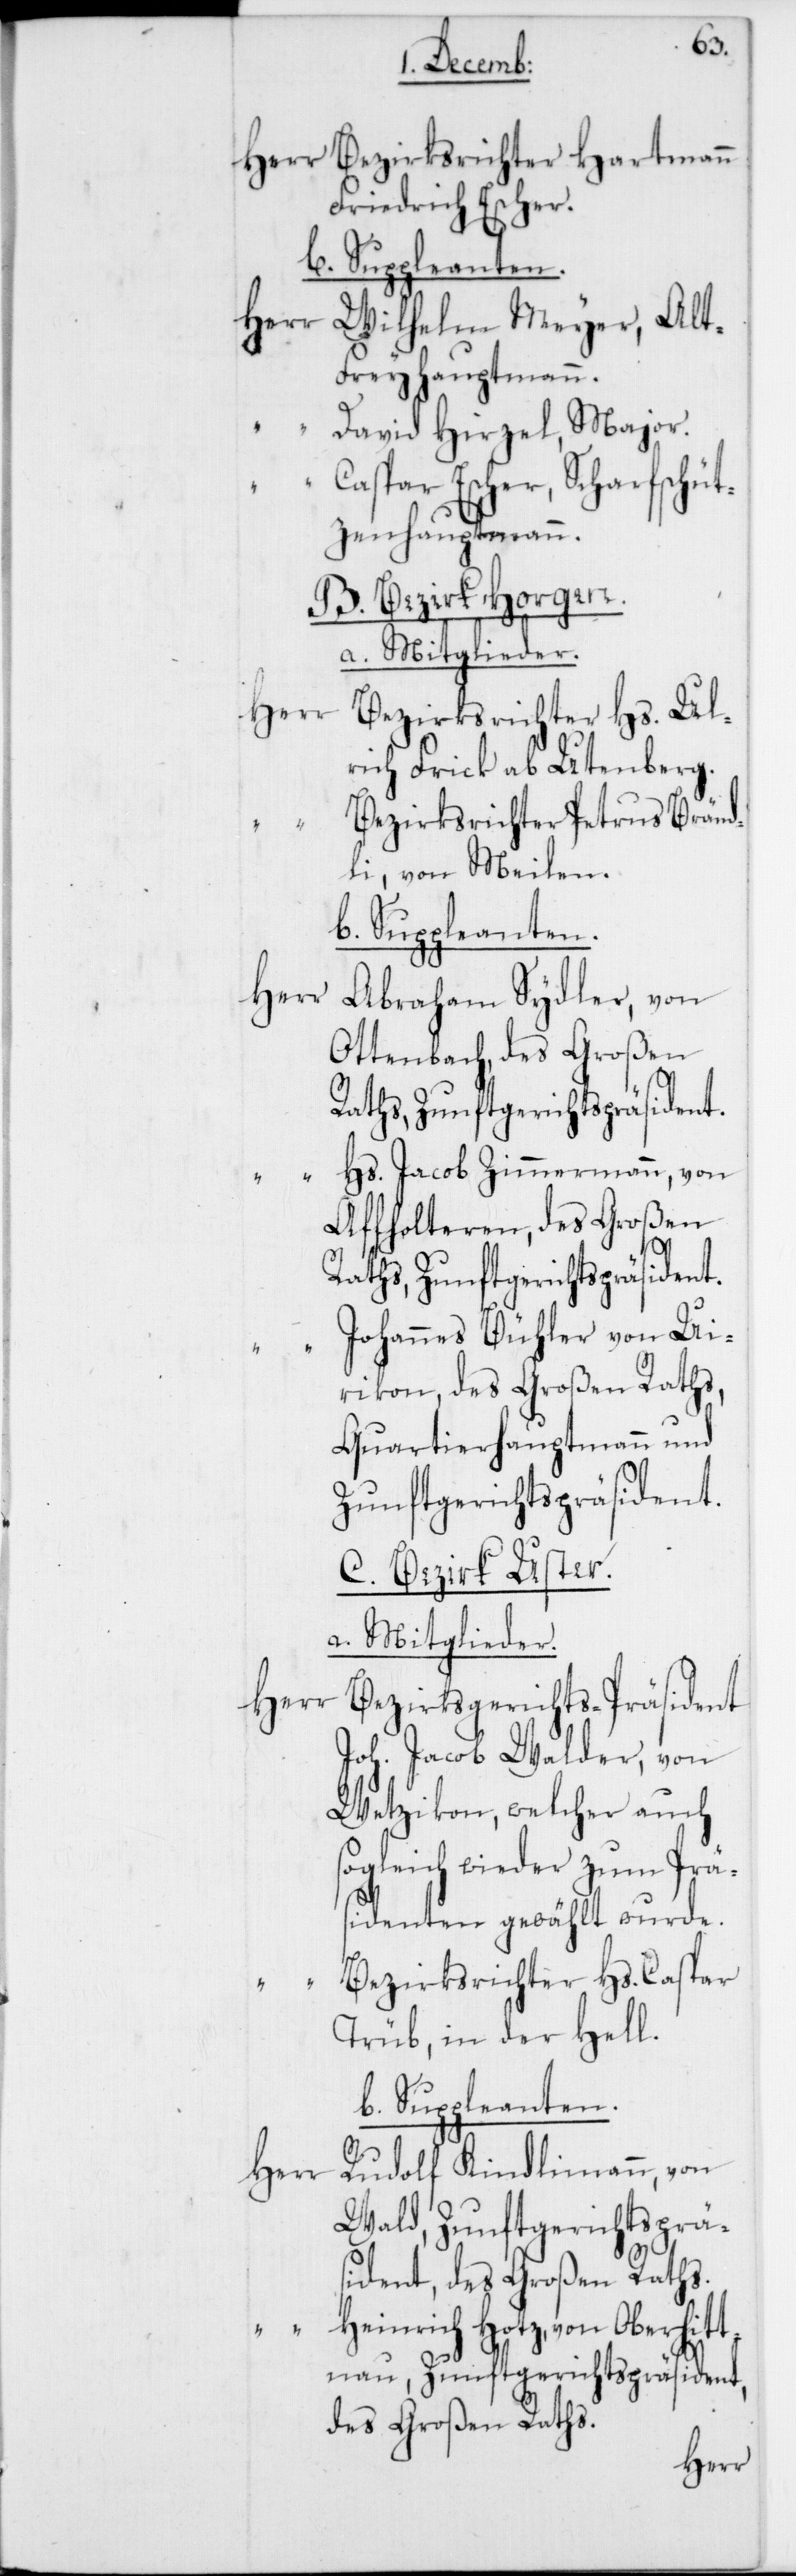
sidenten
Herr Bezirksrichter Hartmann
Friedrich Escher.
b. Suppleanten.
Herr Wilhelm Meyer, Alt
Freihauptmann.
“ David Hirzel, Major.
Caspar Escher, Scharfschüt¬
zen-Hauptmann.
B. Bezirk Horgen.
a. Mitglieder.
Herr
Bezirksrichter Hs. Ul¬
rich Frick ab Utenberg.
Bezirksrichter Petrus Bränd¬
li, von Meilen.
b. Suppleanten.
Herr
Abraham Sydler, von
Ottenbach, des Großen
“ Hs. Jacob Zimmermann, von
Affoltern, des Großen
“ Johannes Bühler, von Ue¬
rikon, des Großen Raths,
Quartierhauptmann und
Zunftgerichtspräsident,
C. Bezirk Uster.
a. Mitglieder.
Herr
Bezirksgerichts-Präsident
Joh. Jacob Walder, von
Wetzikon, welcher auch
sogleich wieder zum Prä¬
Bezirksrichter Hs. Caspar
Trüb, in der Hell.
Rudolf Kindlimann, von
Heinrich Hotz, von Oberhit¬
tnau, Zunftgerichtspräsident,
des Großen Raths.